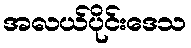
အလယ်ပိုင်းဒေသ